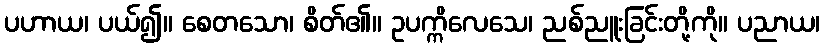
ပဟာယ၊ ပယ်၍။ စေတသော၊ စိတ်၏။ ဥပက္ကိလေသေ၊ ညစ်ညူးခြင်းတို့ကို။ ပညာယ၊